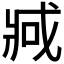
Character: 𫻶